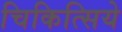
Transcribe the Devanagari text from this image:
चिकित्सिये